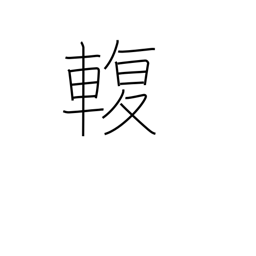
Meaning: connection between axle and carriage